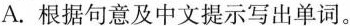
A.根据句意及中文提示写出单词.